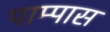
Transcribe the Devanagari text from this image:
पाम्पास